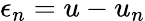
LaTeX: \epsilon_{n}=u-u_{n}